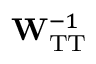
\mathbf { W } _ { \mathrm { T T } } ^ { - 1 }